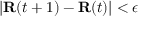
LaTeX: | \mathbf { R } ( t + 1 ) - \mathbf { R } ( t ) | < \epsilon